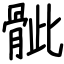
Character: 骴